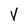
Character: V